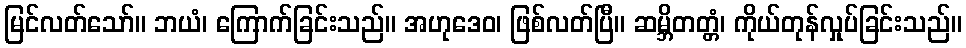
မြင်လတ်သော်။ ဘယံ၊ ကြောက်ခြင်းသည်။ အဟုဒေဝ၊ ဖြစ်လတ်ပြီ။ ဆမ္ဘိတတ္တံ၊ ကိုယ်တုန်လှုပ်ခြင်းသည်။